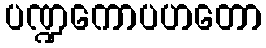
ပဏ္ဍကောပဟတော